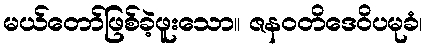
မယ်တော်ဖြစ်ခဲ့ဖူးသော။ ဇနဝတိဒေဝိပမုခံ၊